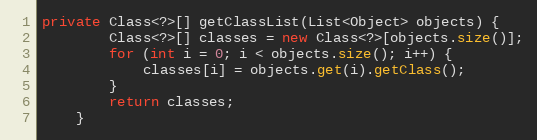
Language: Java
private Class<?>[] getClassList(List<Object> objects) {
        Class<?>[] classes = new Class<?>[objects.size()];
        for (int i = 0; i < objects.size(); i++) {
            classes[i] = objects.get(i).getClass();
        }
        return classes;
    }